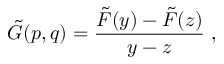
\tilde { \cal G } ( p , q ) = \frac { \tilde { F } ( y ) - \tilde { F } ( z ) } { y - z } \; ,